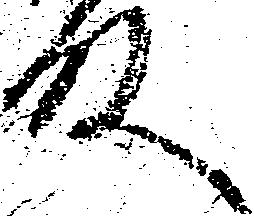
殿